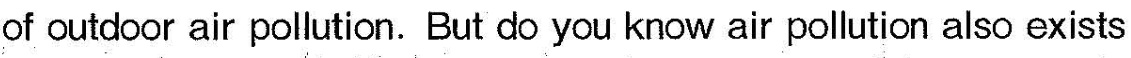
of outdoor air pollution. But do you know air pollution also exists